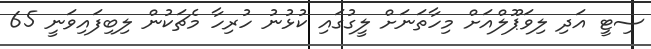
ސިޓީ އަދި ލިވަޕޫލްއަށް މިހާތަނަށް ލީގުގައި ކުޅުނު ހުރިހާ މެޗަކުން ލިބިފައިވަނީ 65